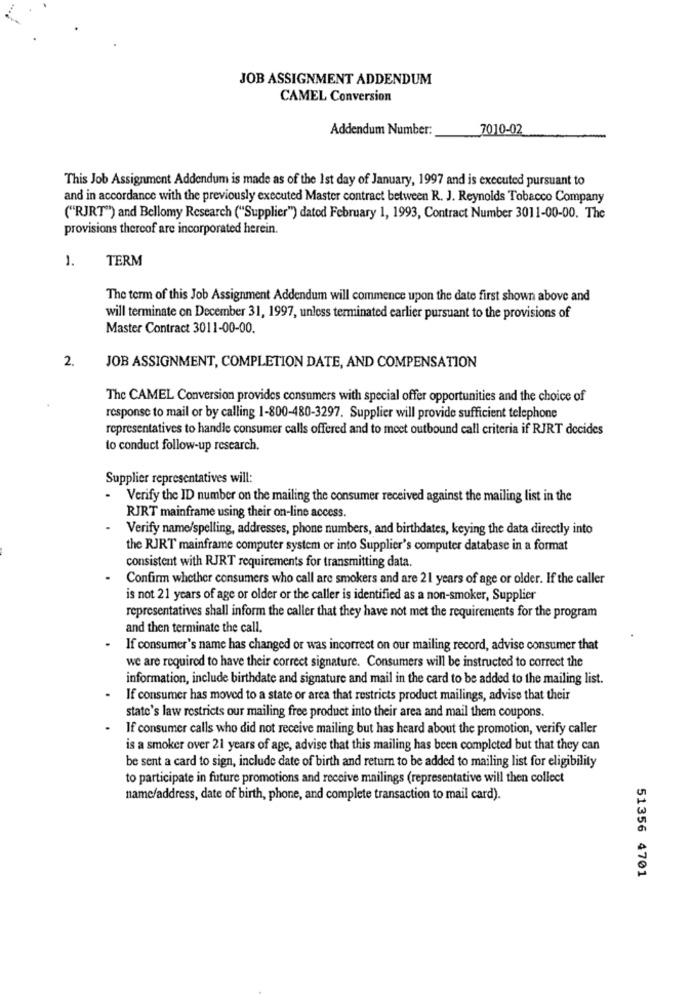
JOB ASSIGNMENT ADDENDUM
CAMEL Conversion
Addendum Number:
7010-02
This Job Assignment Addendum is made as of the 1st day of January, 1997 and is executed pursuant to
and in accordance with the previously executed Master contract between R. J. Reynolds Tobacco Company
("RJRT") and Bellomy Research ("Supplier") dated February 1, 1993, Contract Number 3011-00-00. The
provisions thereof are incorporated herein.
1.
TERM
The term of this Job Assignment Addendum will commence upon the date first shown above and
will terminate on December 31, 1997, unless terminated earlier pursuant to the provisions of
Master Contract 3011-00-00.
2.
JOB ASSIGNMENT, COMPLETION DATE, AND COMPENSATION
The CAMEL Conversion provides consumers with special offer opportunities and the choice of
response to mail or by calling 1-800-480-3297. Supplier will provide sufficient telephone
representatives to handle consumer calls offered and to meet outbound call criteria if RJRT decides
to conduct follow-up research.
Supplier representatives will:
Verify the ID number on the mailing the consumer received against the mailing list in the
RJRT mainframe using their on-line access.
Verify name/spelling, addresses, phone numbers, and birthdates, keying the data directly into
the RJRT mainframe computer system or into Supplier's computer database in a format
consistent with RJRT requirements for transmitting data.
Confirm whether consumers who call are smokers and are 21 years of age or older. If the caller
is not 21 years of age or older or the caller is identified as a non-smoker, Supplier
representatives shall inform the caller that they have not met the requirements for the program
and then terminate the call.
If consumer's name has changed or was incorrect on our mailing record, advise consumer that
we are required to have their correct signature. Consumers will be instructed to correct the
information, include birthdate and signature and mail in the card to be added to the mailing list.
If consumer has moved to a state or area that restricts product mailings, advise that their
state's law restricts our mailing free product into their area and mail them coupons.
If consumer calls who did not receive mailing but has heard about the promotion, verify caller
is a smoker over 21 years of age, advise that this mailing has been completed but that they can
be sent a card to sign, include date of birth and return to be added to mailing list for eligibility
to participate in future promotions and receive mailings (representative will then collect
name/address, date of birth, phone, and complete transaction to mail card).
51356 4701